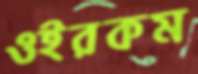
ওইরকম